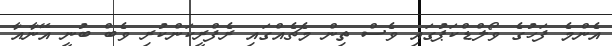
އެންމެ ފަހުގެ ވޯލްޑްކަޕުގައި ވެސް ތިން މެޗެއްގައި ރެފްރީކަންކުރި ވެބް ބުނީ އޭނާއާ